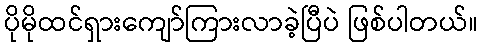
ပိုမိုထင်ရှားကျော်ကြားလာခဲ့ပြီပဲ ဖြစ်ပါတယ်။